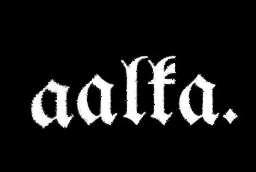
aalka.